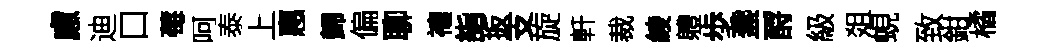
慮迪口莓呵泰上惠歸偏聊禳詣扳支旋軒裁綾軆歩盞酹級爼蜆致鉗橘